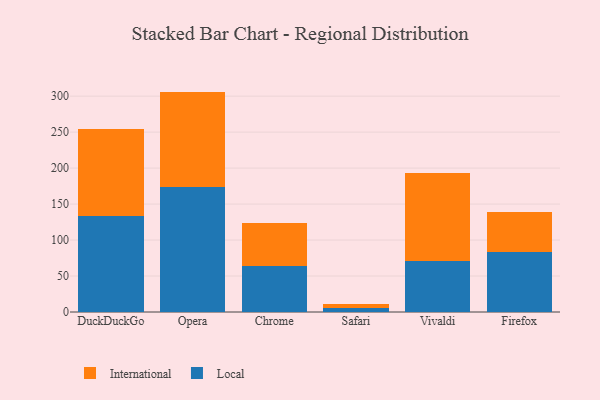
{"axis": {"x": "Browser", "y": "Demand Index"}, "legend": ["International", "Local"], "data": [{"x": "DuckDuckGo", "y": 133.1, "type": "Local"}, {"x": "DuckDuckGo", "y": 120.8, "type": "International"}, {"x": "Opera", "y": 173.4, "type": "Local"}, {"x": "Opera", "y": 132.9, "type": "International"}, {"x": "Chrome", "y": 63.5, "type": "Local"}, {"x": "Chrome", "y": 60.8, "type": "International"}, {"x": "Safari", "y": 5.1, "type": "Local"}, {"x": "Safari", "y": 6.5, "type": "International"}, {"x": "Vivaldi", "y": 71.1, "type": "Local"}, {"x": "Vivaldi", "y": 122.4, "type": "International"}, {"x": "Firefox", "y": 84.0, "type": "Local"}, {"x": "Firefox", "y": 55.2, "type": "International"}]}